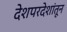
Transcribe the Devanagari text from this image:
देशपरदेशांतून